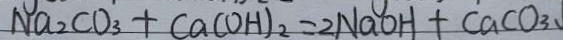
N a _ { 2 } C O _ { 3 } + C a ( O H ) _ { 2 } = 2 N a O H + C a C O _ { 3 }